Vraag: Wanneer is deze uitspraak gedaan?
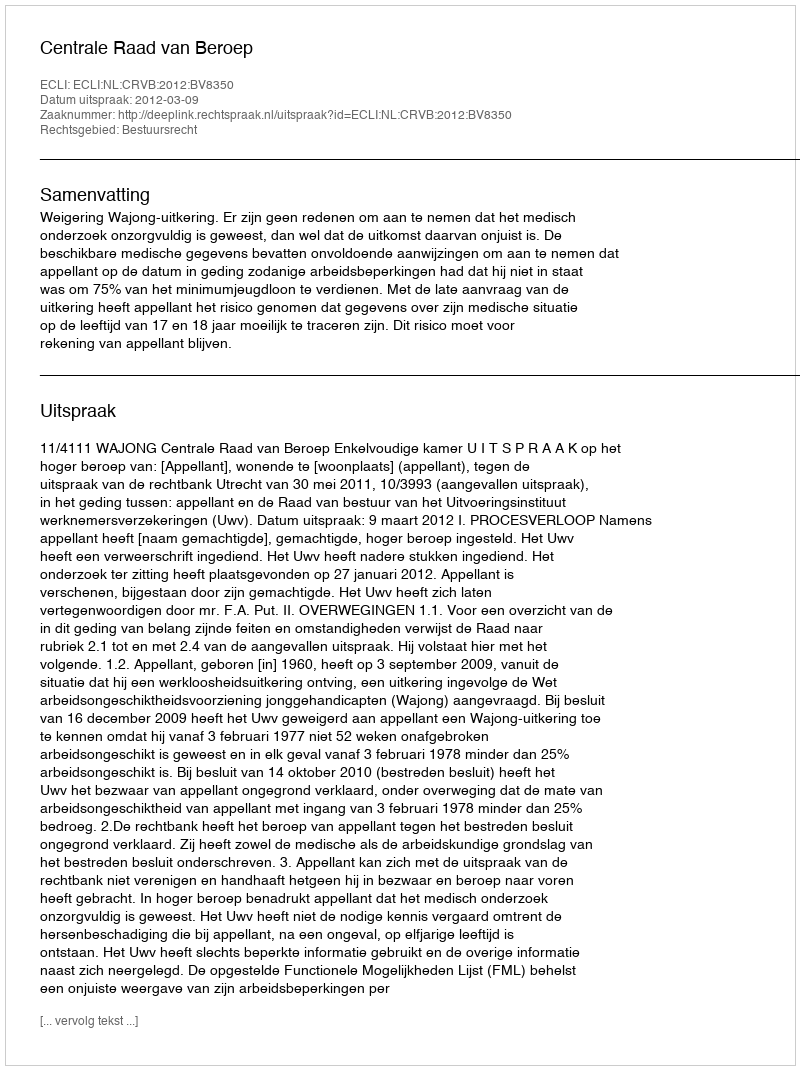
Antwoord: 2012-03-09